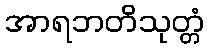
အာရဘတိသုတ္တံ